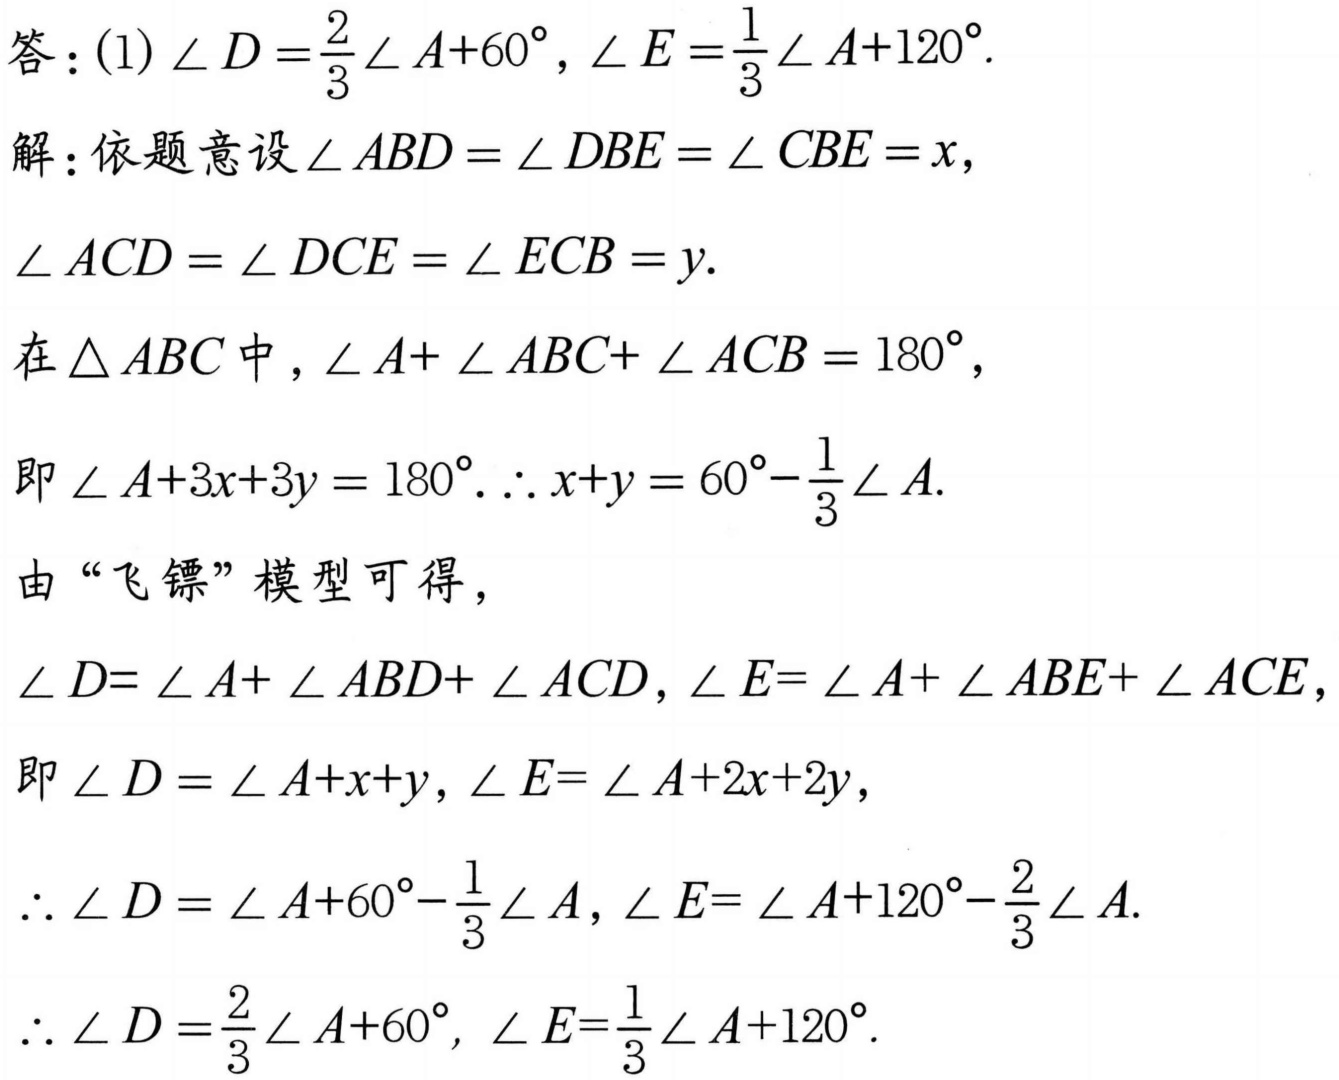
答：(1) \(\angle D=\frac{2}{3}\angle A + 60^{\circ}\)，\(\angle E=\frac{1}{3}\angle A+120^{\circ}\).
解：依题意设\(\angle ABD=\angle DBE=\angle CBE = x\)，
\(\angle ACD=\angle DCE=\angle ECB = y\).
在\(\triangle ABC\)中，\(\angle A+\angle ABC+\angle ACB = 180^{\circ}\)，
即\(\angle A + 3x + 3y=180^{\circ}\). \(\therefore x + y=60^{\circ}-\frac{1}{3}\angle A\).
由“飞镖”模型可得，
\(\angle D=\angle A+\angle ABD+\angle ACD\)，\(\angle E=\angle A+\angle ABE+\angle ACE\)，
即\(\angle D=\angle A + x + y\)，\(\angle E=\angle A + 2x + 2y\)，
\(\therefore\angle D=\angle A+60^{\circ}-\frac{1}{3}\angle A\)，\(\angle E=\angle A+120^{\circ}-\frac{2}{3}\angle A\).
\(\therefore\angle D=\frac{2}{3}\angle A + 60^{\circ}\)，\(\angle E=\frac{1}{3}\angle A+120^{\circ}\).